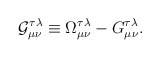
\begin{align*}{\cal G}_{\mu \nu }^{\tau \lambda }\equiv \Omega _{\mu \nu }^{\tau \lambda}-G_{\mu \nu }^{\tau \lambda }. \end{align*}